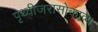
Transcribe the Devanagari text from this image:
पृथ्वीजरासोकाव्य